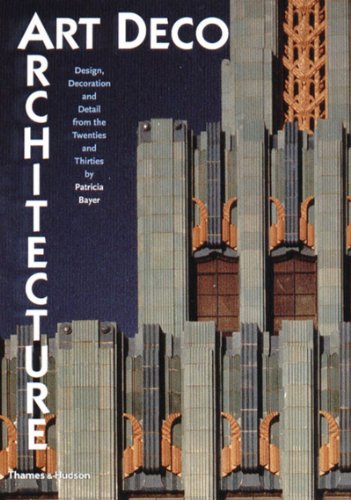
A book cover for Art Deco Architecture: Design, Decoration, and Detail from the Twenties and Thirties; Patricia Bayer; Arts & Photography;